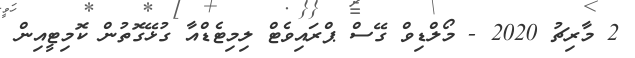
2 މާރިޗު 2020 - މޯލްޑިވް ގޭސް ޕްރައިވެޓް ލިމިޓެޑްއާ ގުޅޭގޮތުން ކޮމިޓީއިން